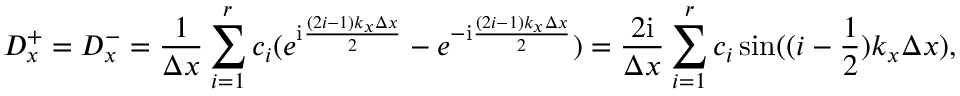
D _ { x } ^ { + } = D _ { x } ^ { - } = \frac { 1 } { \Delta x } \sum _ { i = 1 } ^ { r } c _ { i } ( e ^ { \mathrm { i } \frac { ( 2 i - 1 ) k _ { x } \Delta x } { 2 } } - e ^ { - \mathrm { i } \frac { ( 2 i - 1 ) k _ { x } \Delta x } { 2 } } ) = \frac { 2 \mathrm { i } } { \Delta x } \sum _ { i = 1 } ^ { r } c _ { i } \sin ( ( i - \frac { 1 } { 2 } ) k _ { x } \Delta x ) ,